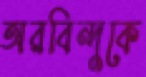
অরবিন্দুকে